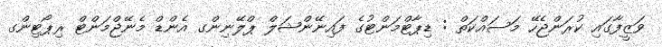
ވަޒީފާގައި ކުރަންޖެހޭ މަސައްކަތް : ޑިޕާޓްމަންޓުގެ ފައިނޭންޝަލް ޕްލޭނިންގ އެންޑް މެނޭޖްމަންޓް ރިޕޯޓިންގ